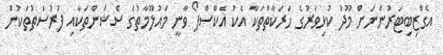
އެގްޒިބިޓަރުންނަށް މޫދު ކުޅިވަރުގެ ހަރަކާތްތަކާ އެކު އެކްސްޕޯ ވާނީ މައުލޫމާތުގެ ސެޝަންތަކާއި ފުރުސަތުތަކުން